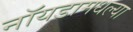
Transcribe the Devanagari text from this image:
नॉयडामधल्या